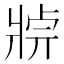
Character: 𤖄